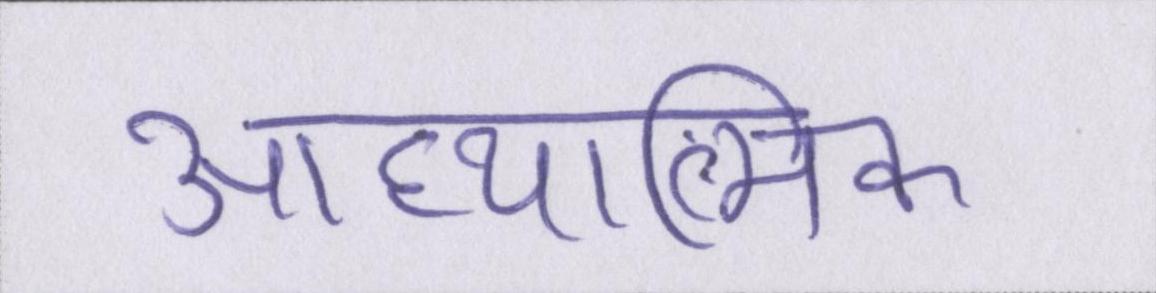
आध्यात्मिक